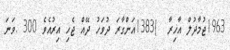
1963ޖުމާދުލް އާޚިރާ  )1383އަންގާރަ ދުވަހު ދޭއް ޖެހި އިރުއެވެ 300 .ވަނަ